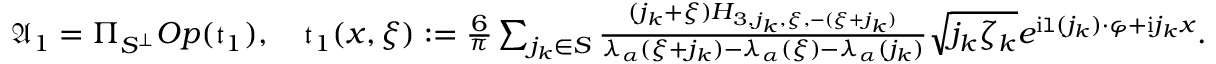
\begin{array} { r } { \mathfrak { A } _ { 1 } = \Pi _ { S ^ { \perp } } O p ( \mathfrak { t } _ { 1 } ) , \quad \mathfrak { t } _ { 1 } ( x , \xi ) : = \frac { 6 } { \pi } \sum _ { j _ { k } \in S } \frac { ( j _ { k } + \xi ) H _ { 3 , j _ { k } , \xi , - ( \xi + j _ { k } ) } } { \lambda _ { \alpha } ( \xi + j _ { k } ) - \lambda _ { \alpha } ( \xi ) - \lambda _ { \alpha } ( j _ { k } ) } \sqrt { j _ { k } \zeta _ { k } } e ^ { \mathrm { i } \mathtt { l } ( j _ { k } ) \cdot \varphi + \mathrm { i } j _ { k } x } . } \end{array}